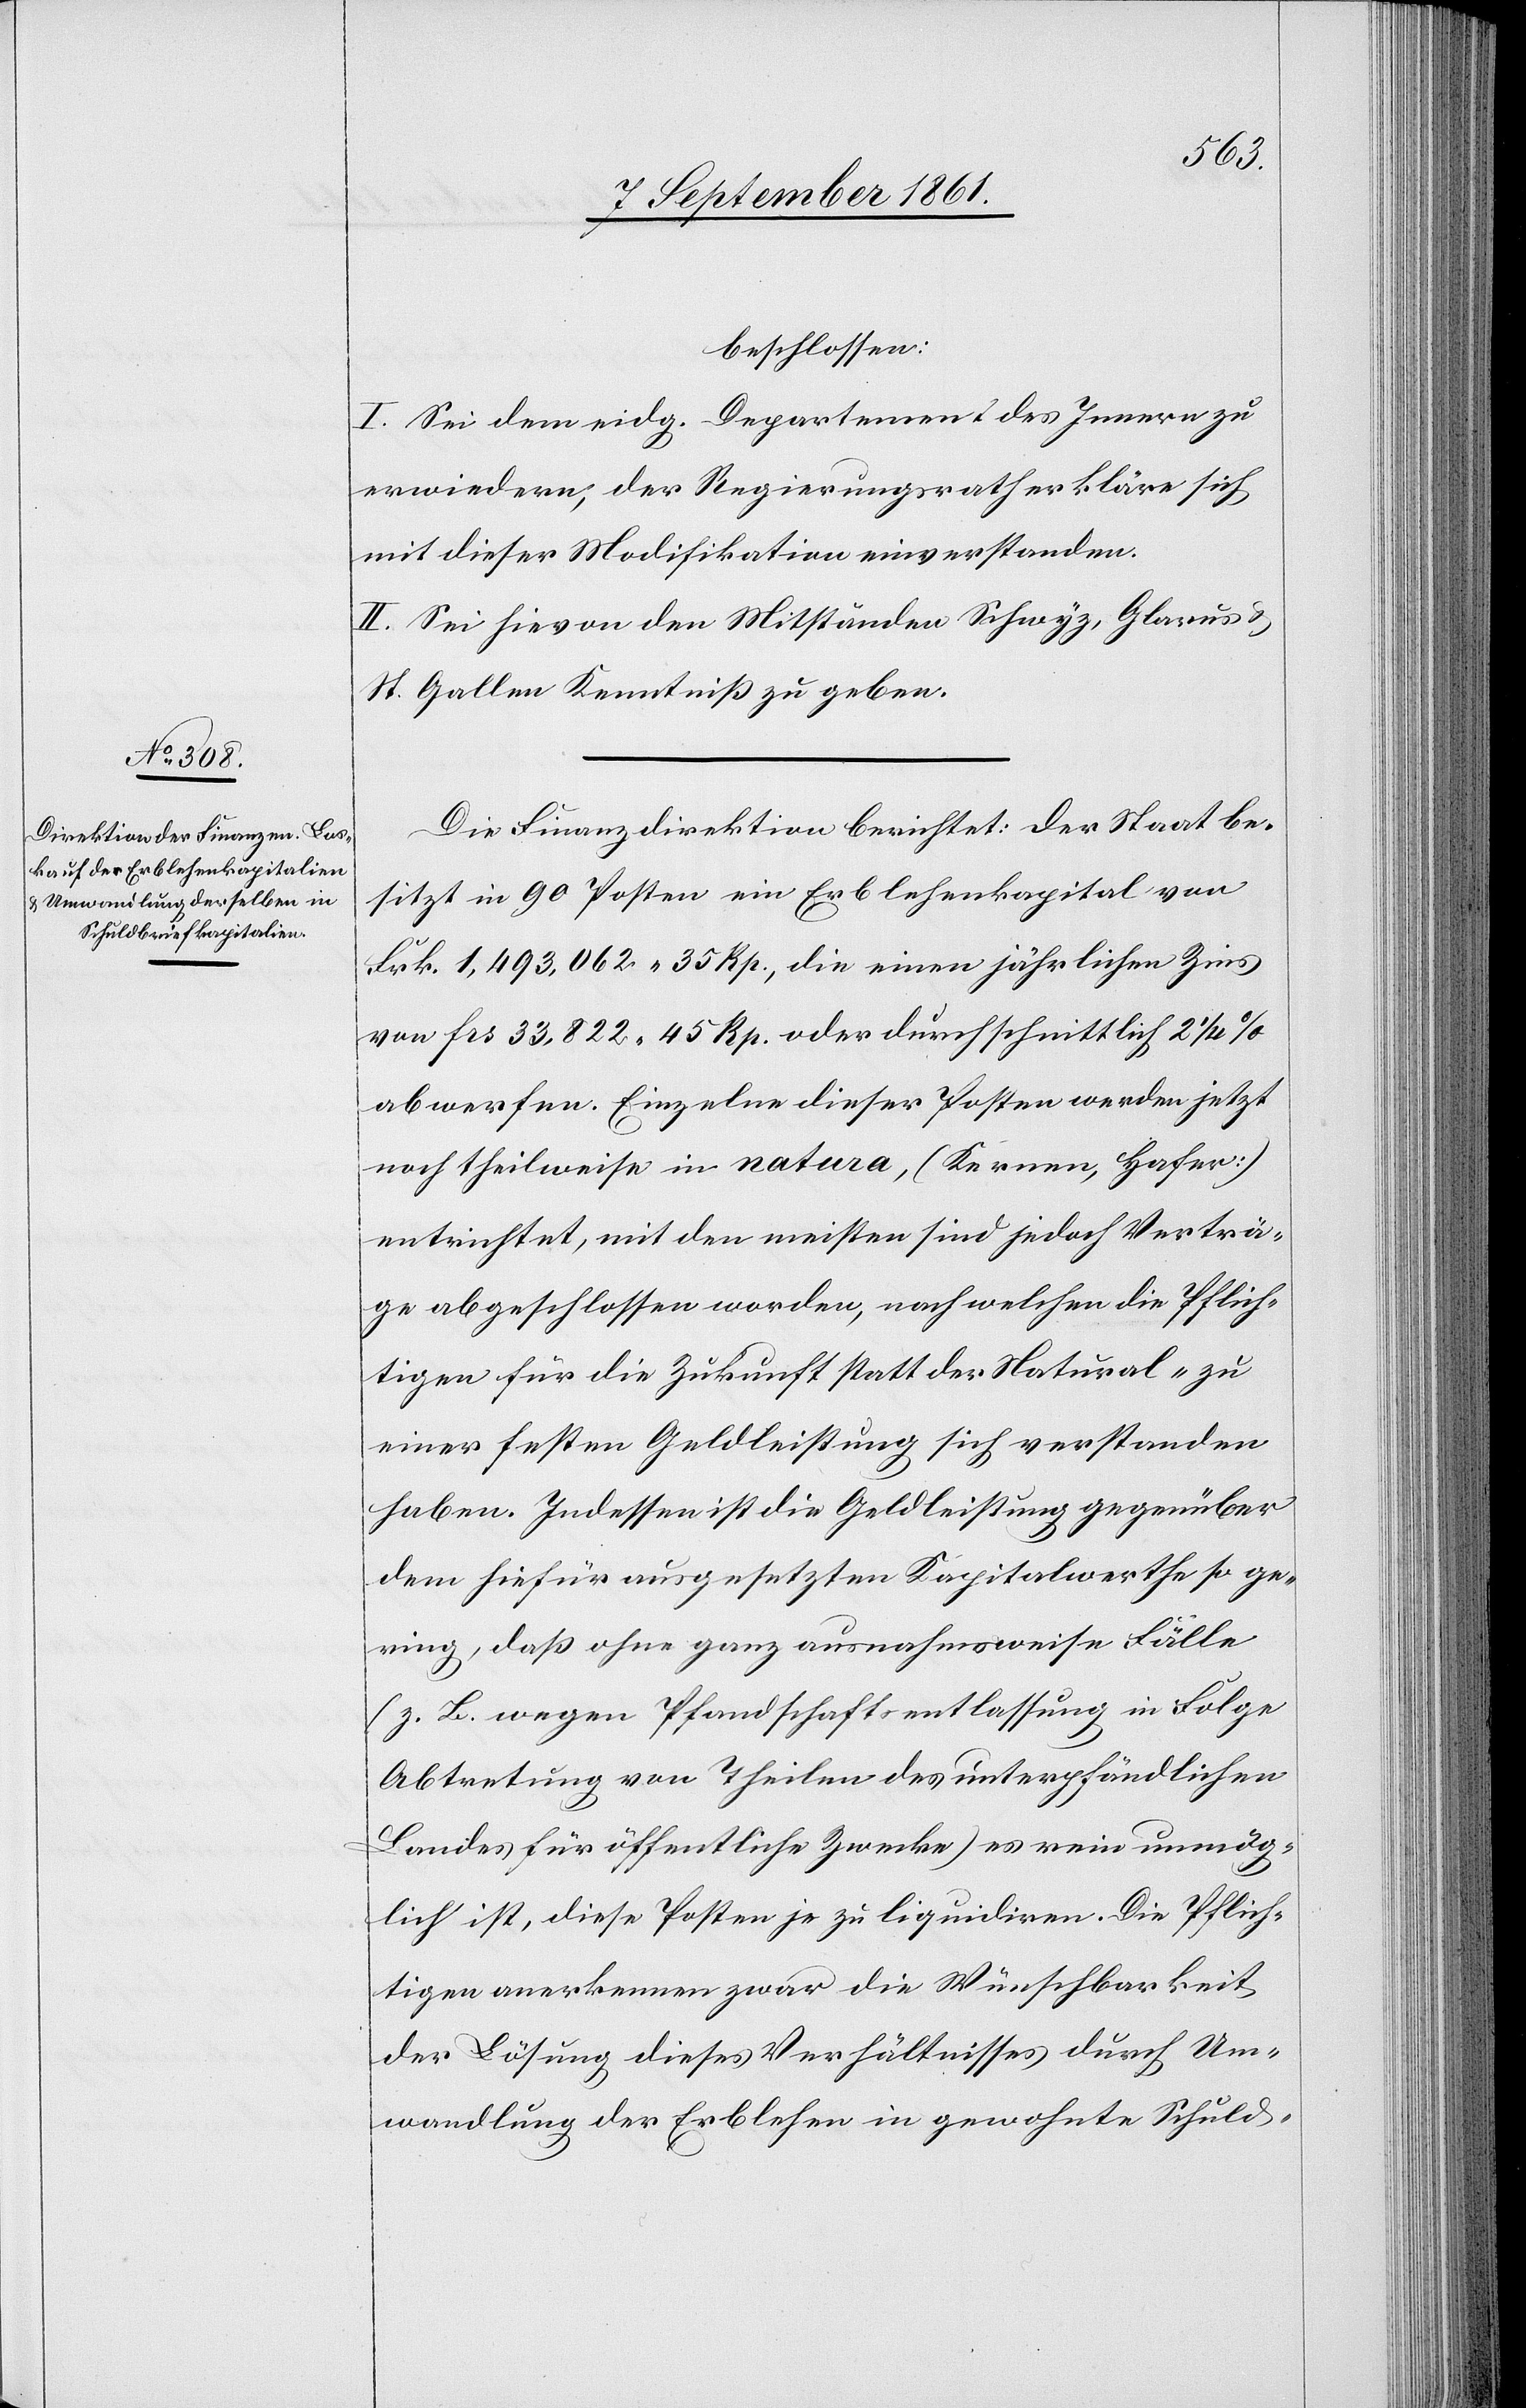
beschlossen:
I. Sei dem eidg. Departement des Innern zu
erwiedern, der Regierungsrath erkläre sich
mit dieser Modifikation einverstanden.
II. Sei hievon den Mitständen Schwyz, Glarus u.
St. Gallen Kenntniß zu geben.
Die Finanzdirektion berichtet: Der Staat be¬
sitzt in 90 Posten ein Erblehenkapital von
Frk. 1,493,062. 35 Rp., die einen jährlichen Zins
von frs 33,822. 45 Rp. oder durchschnittlich 2 1/4
abwerfen. Einzelne dieser Posten werden jetzt
noch theilweise in natura, (Kernen, Hafer)
entrichtet, mit den meisten sind jedoch Verträ¬
ge abgeschlossen worden, nach welchen die Pflich¬
tigen für die Zukunft statt der Natural- zu
einer festen Geldleistung sich verstanden
haben. Indessen ist die Geldleistung gegenüber
dem hiefür ausgesetzten Kapitalswerthe so ge¬
ring, daß ohne ganz ausnahmsweise Fälle
(z. B. wegen Pfandschaftsentlassung in Folge
Abtretung von Theilen des unterpfändlichen
Landes für öffentliche Zwecke) es rein unmög¬
lich ist, diese Posten zu liquidiren. Die Pflich¬
tigen anerkennen zwar die Wünschbarkeit
der Lösung dieses Verhältnisses durch Um¬
wandlung der Erblehen in gewohnte Schuld-